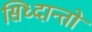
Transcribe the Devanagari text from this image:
सिध्दान्तो